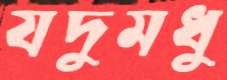
যদুমধু